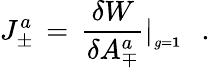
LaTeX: J_{\pm}^{a}\, =\, {\frac{\delta W}{\delta A_{\mp}^{a}}}\vert_{_{g={\mathbf 1}}}\, \, \, \, .